画像に写った文字を読んでください
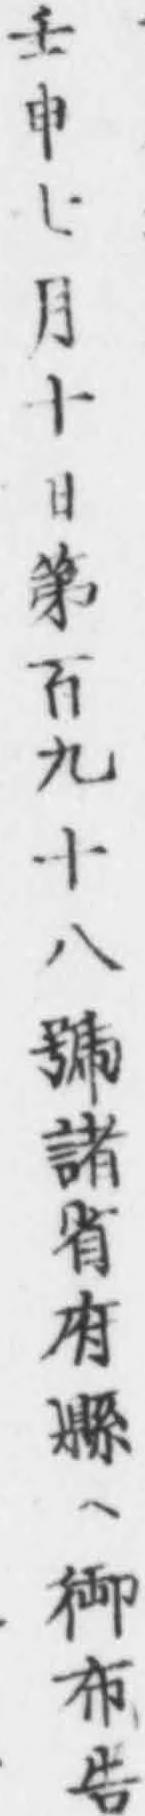
「壬申七月十日第百九十八號諸省府縣ヘ御布告」と書いてあります